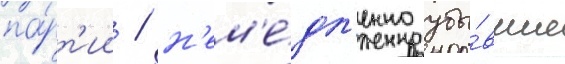
па́рт'ии / н'ем'е́дл'енно убы́вшие